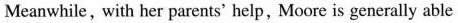
Meanwhile, with her parents' help, Moore is generally able